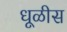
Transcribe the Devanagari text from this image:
धूळीस